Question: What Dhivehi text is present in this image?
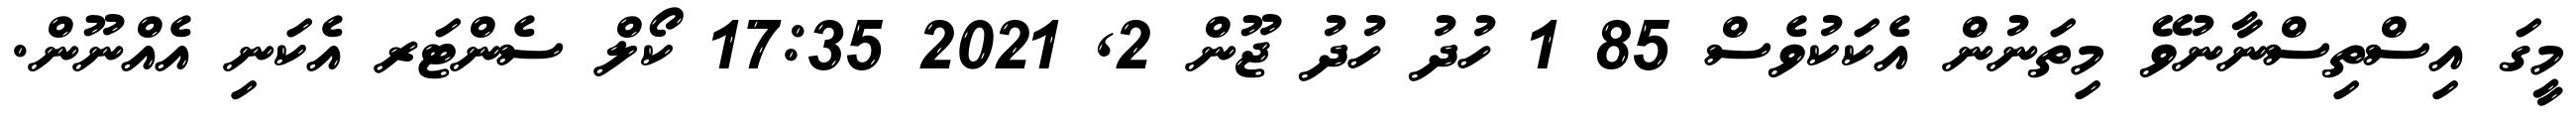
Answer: މީގަ އިސްތިސްނާނުވޭ މިތަނުން އެކަކުވެސް 85 1 ހުދު ހުދު ޖޫން 2, 2021 17:35 ކޯލް ސެންޓަރ އެކަނި އެއްނޫން.